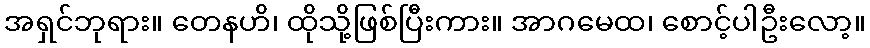
အရှင်ဘုရား။ တေနဟိ၊ ထိုသို့ဖြစ်ပြီးကား။ အာဂမေထ၊ စောင့်ပါဦးလော့။